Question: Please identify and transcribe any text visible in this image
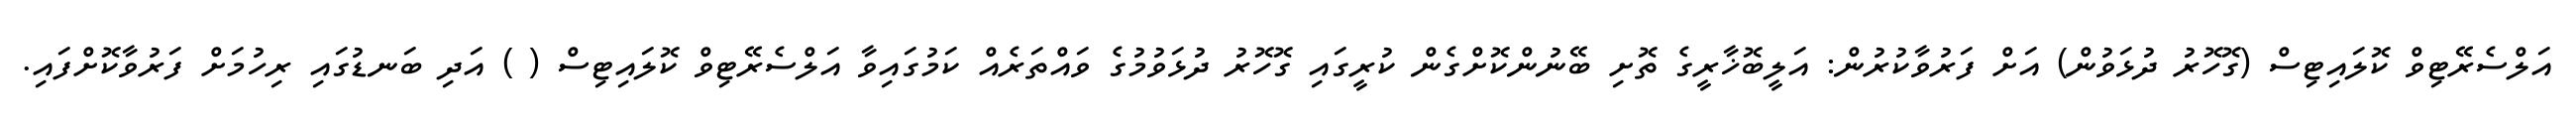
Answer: އަލްސެރޭޓިވް ކޮލައިޓިސް (ގޮހޮރު ދުޅަވުން) އަށް ފަރުވާކުރުން: އަލީބޮޚާރީގެ ތޮށި ބޭނުންކޮށްގެން ކުރީގައި ގޮހޮރު ދުޅަވުމުގެ ވައްތަރެއް ކަމުގައިވާ އަލްސެރޭޓިވް ކޮލައިޓިސް ( ) އަދި ބަނޑުގައި ރިހުމަށް ފަރުވާކޮށްފައި.